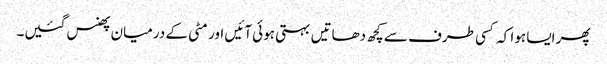
پھر ایسا ہوا کہ کسی طرف سے کچھ دھاتیں بہتی ہوئی آئیں اور مٹی کے درمیان پھنس گئیں۔